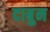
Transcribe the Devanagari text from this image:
दाबुन